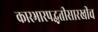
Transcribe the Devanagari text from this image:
कारभारपद्धतीसारखीच